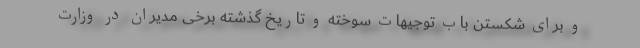
و برای شکستن باب توجیهات سوخته و تاریخ گذشته برخی مدیران در وزارت